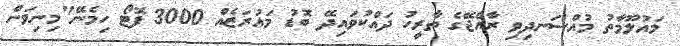
މައުލޫމާތު މުއްސަނދިވި ރާއްޖޭގެ ތާރީހު ދައްކުވައިދޭ ބޮޑު މައުރަޒެއް 3000 ފޮޓޯ ހިމެނޭ"މިނިވަން